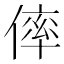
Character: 𠌭